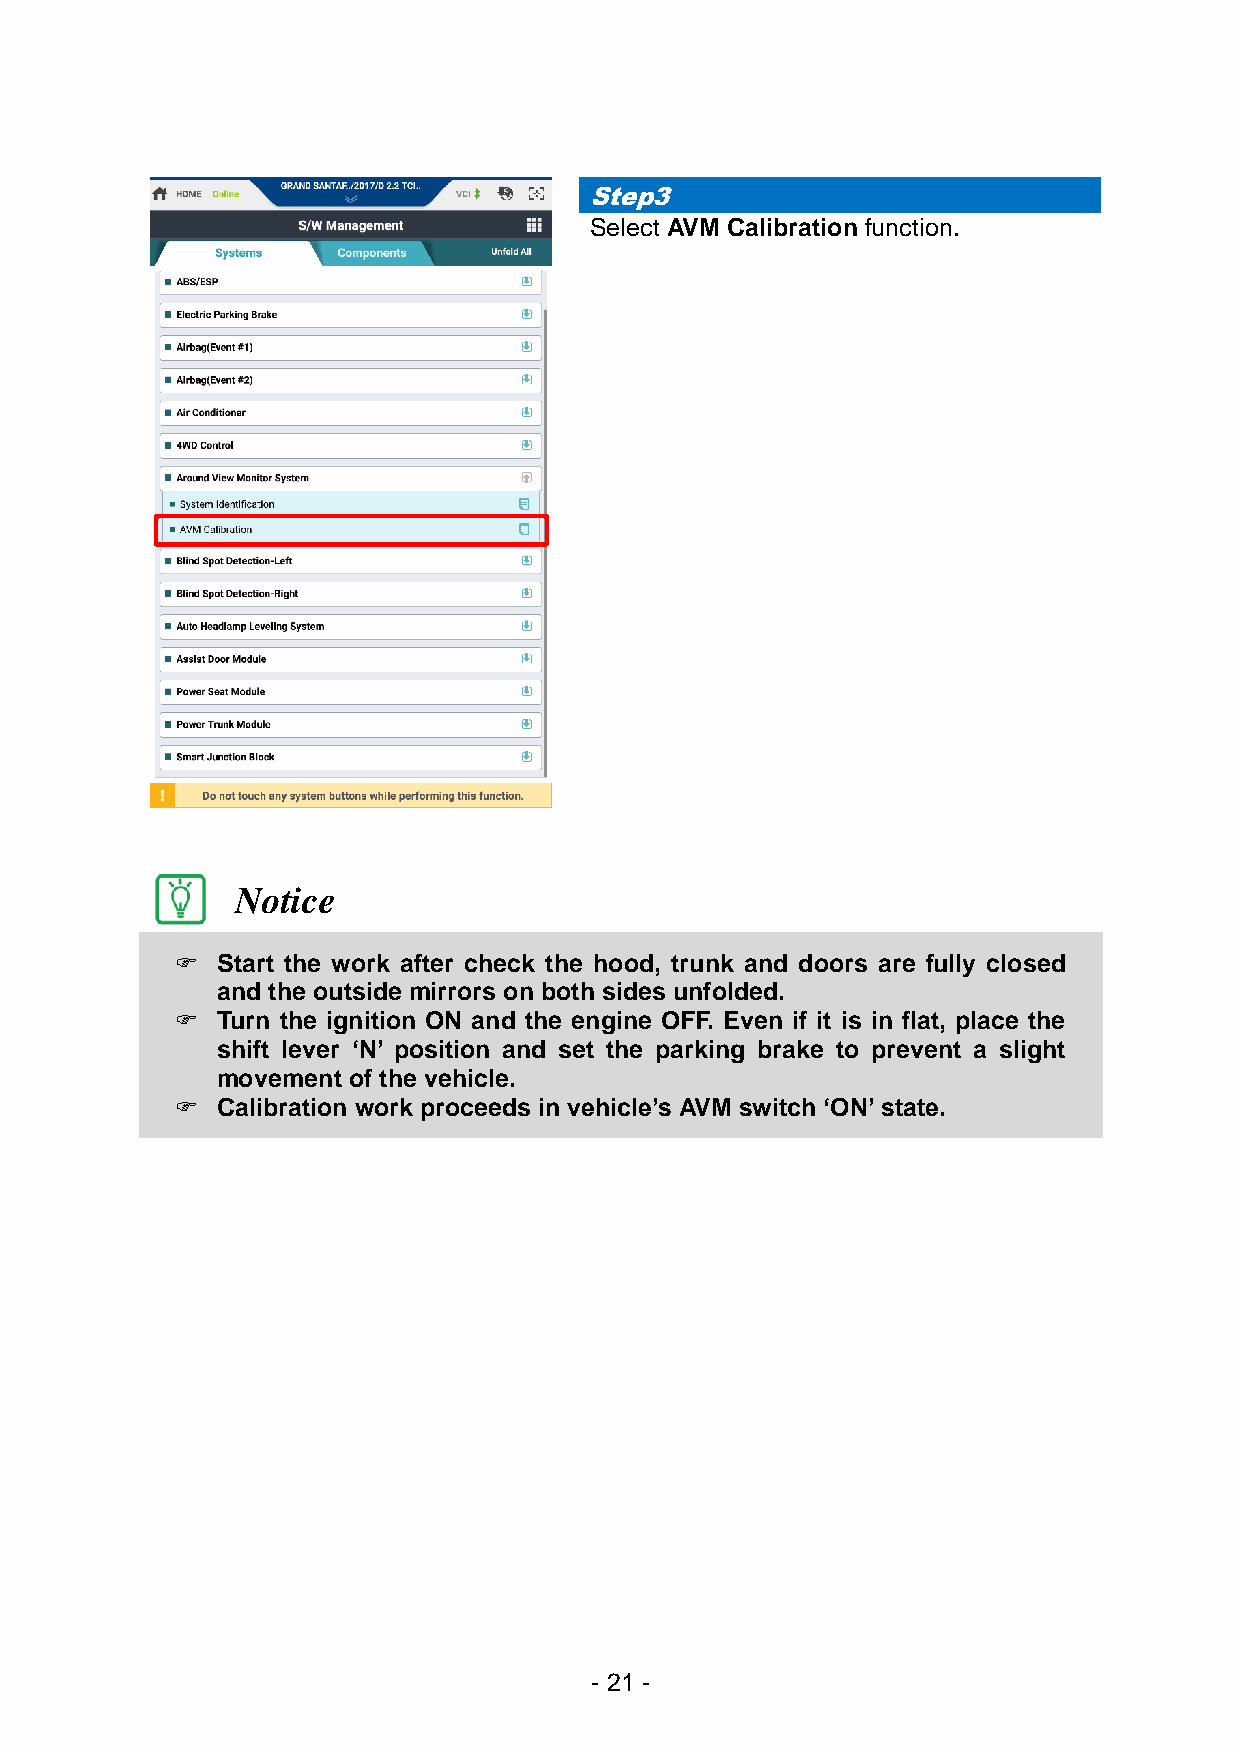
Step3
 Select AVM Calibration function.
 Notice
  Start the work after check the hood, trunk and doors are fully closed
 and the outside mirrors on both sides unfolded.
  Turn the ignition ON and the engine OFF. Even if it is in flat, place the
 shift lever ‘N’ position and set the parking brake to prevent a slight
 movement of the vehicle.
  Calibration work proceeds in vehicle’s AVM switch ‘ON’ state.
 - 21 -